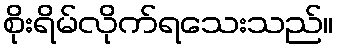
စိုးရိမ်လိုက်ရသေးသည်။